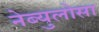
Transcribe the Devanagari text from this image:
नेब्युलोसा